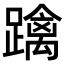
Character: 𨆓